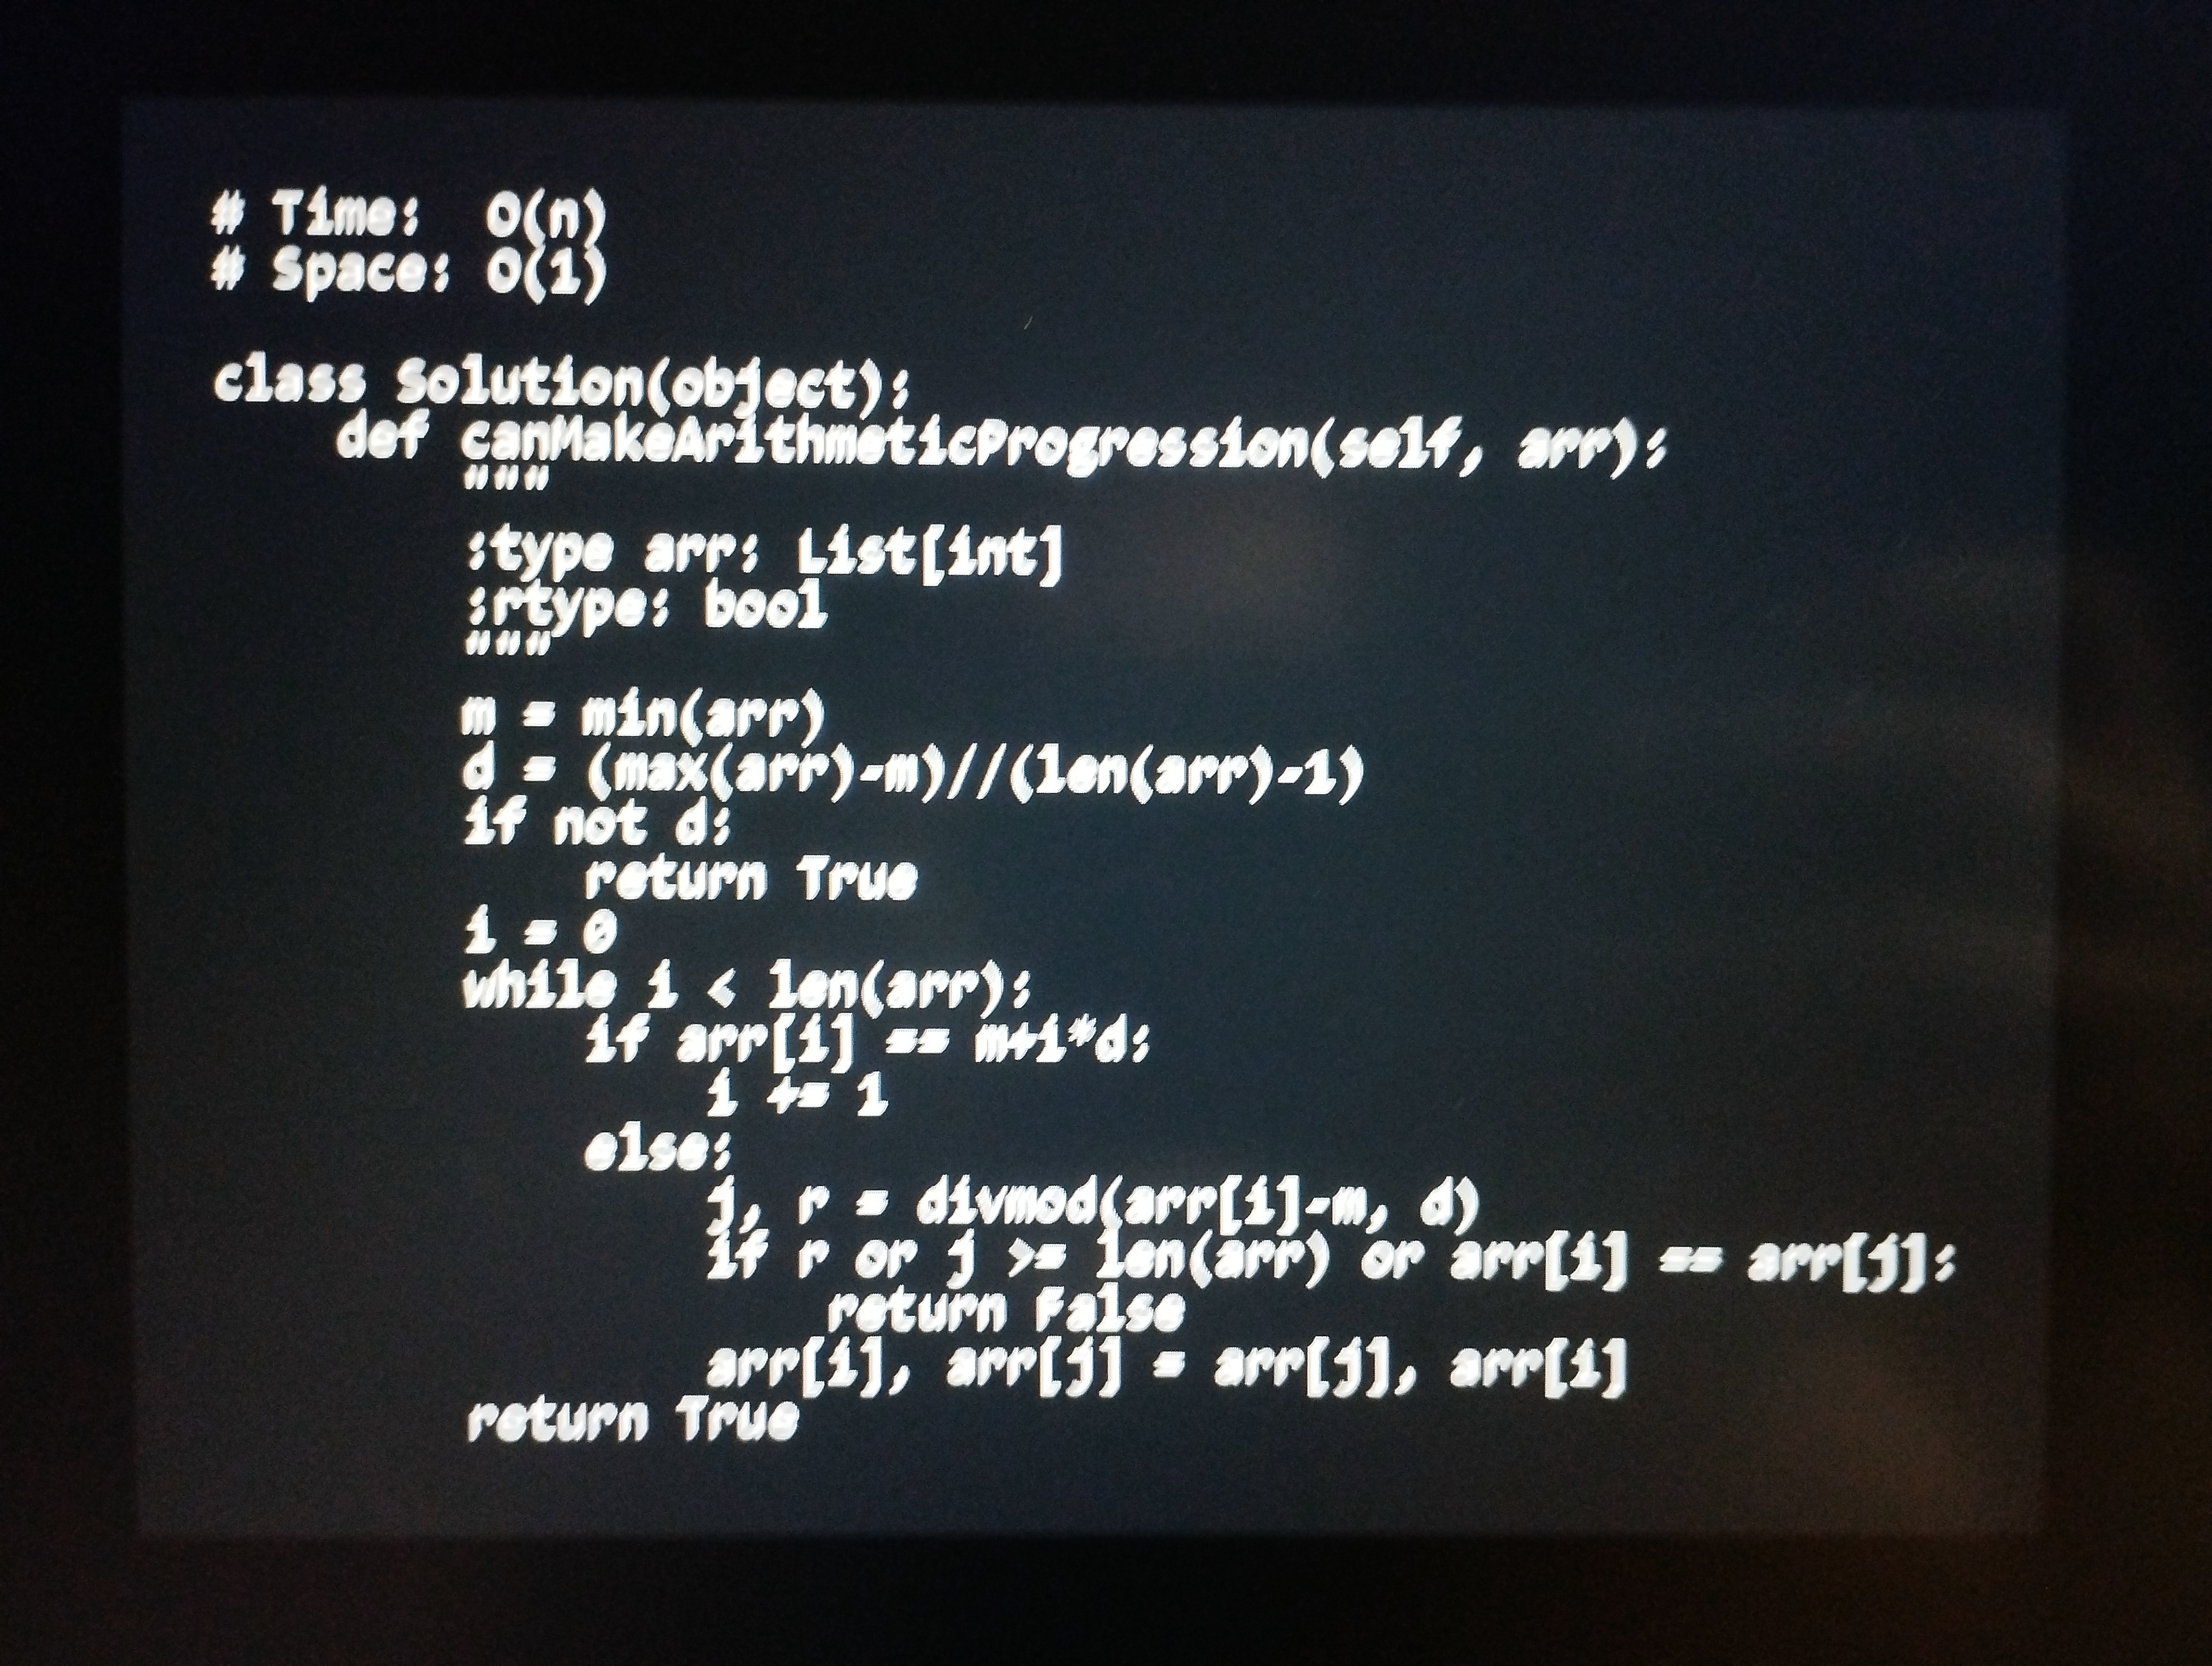
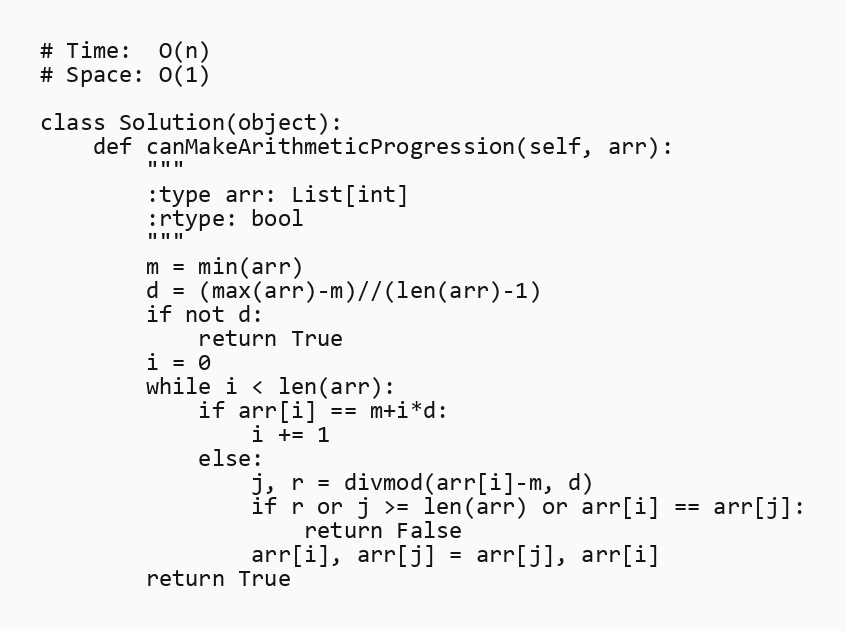
# Time:  O(n)
# Space: O(1)

class Solution(object):
    def canMakeArithmeticProgression(self, arr):
        """
        :type arr: List[int]
        :rtype: bool
        """
        m = min(arr)
        d = (max(arr)-m)//(len(arr)-1)
        if not d:
            return True
        i = 0
        while i < len(arr):
            if arr[i] == m+i*d:
                i += 1
            else:
                j, r = divmod(arr[i]-m, d)
                if r or j >= len(arr) or arr[i] == arr[j]:
                    return False
                arr[i], arr[j] = arr[j], arr[i]
        return True